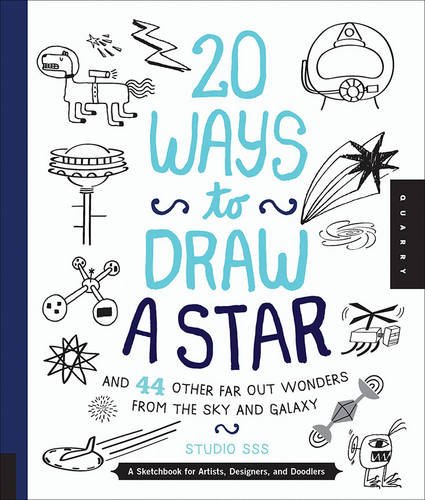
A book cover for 20 Ways to Draw a Star and 44 Other Far-Out Wonders from the Sky and Galaxy: A Sketchbook for Artists, Designers, and Doodlers; Salli S. Swindell; Arts & Photography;